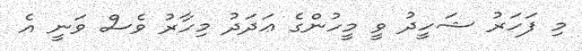
މި ފަހަރު ޝަހީދު ވީ މީހުންގެ ޢަދަދު މިހާރު ވެސް ވަނީ އެ